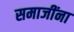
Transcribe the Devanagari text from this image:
समाजींना